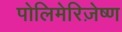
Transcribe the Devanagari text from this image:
पोलिमेरिज़ेष्ण